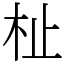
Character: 杫